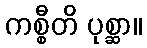
ကစ္စီတိ ပုစ္ဆာ။